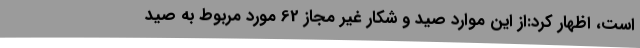
است، اظهار کرد:از این موارد صید و شکار غیر مجاز 62 مورد مربوط به صید